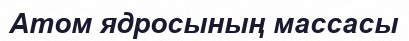
Атом ядросының массасы